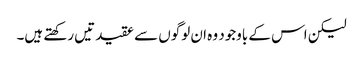
لیکن اس کے باوجود وہ ان لوگوں سے عقیدتیں رکھتے ہیں۔